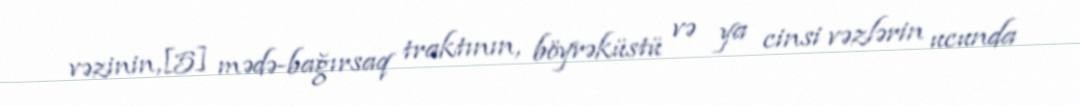
vəzinin,[5] mədə-bağırsaq traktının, böyrəküstü və ya cinsi vəzlərin ucunda